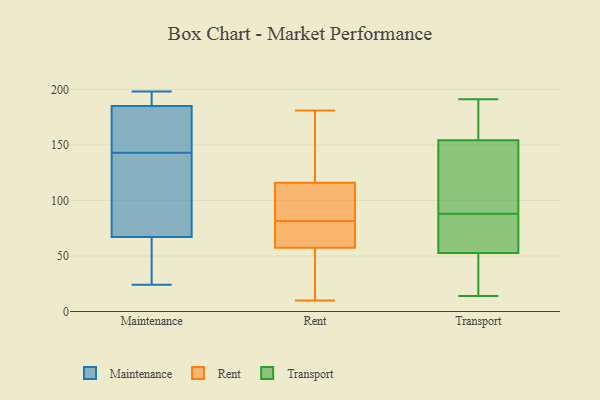
{"axis": {"x": "Shipments", "y": "Value"}, "legend": ["Maintenance", "Rent", "Transport"], "data": [{"x": "", "y": 24, "type": "Maintenance"}, {"x": "", "y": 101, "type": "Maintenance"}, {"x": "", "y": 180, "type": "Maintenance"}, {"x": "", "y": 46, "type": "Maintenance"}, {"x": "", "y": 144, "type": "Maintenance"}, {"x": "", "y": 171, "type": "Maintenance"}, {"x": "", "y": 181, "type": "Maintenance"}, {"x": "", "y": 67, "type": "Maintenance"}, {"x": "", "y": 142, "type": "Maintenance"}, {"x": "", "y": 194, "type": "Maintenance"}, {"x": "", "y": 77, "type": "Maintenance"}, {"x": "", "y": 194, "type": "Maintenance"}, {"x": "", "y": 185, "type": "Maintenance"}, {"x": "", "y": 198, "type": "Maintenance"}, {"x": "", "y": 35, "type": "Maintenance"}, {"x": "", "y": 33, "type": "Maintenance"}, {"x": "", "y": 99, "type": "Maintenance"}, {"x": "", "y": 194, "type": "Maintenance"}, {"x": "", "y": 56, "type": "Rent"}, {"x": "", "y": 55, "type": "Rent"}, {"x": "", "y": 88, "type": "Rent"}, {"x": "", "y": 82, "type": "Rent"}, {"x": "", "y": 10, "type": "Rent"}, {"x": "", "y": 129, "type": "Rent"}, {"x": "", "y": 171, "type": "Rent"}, {"x": "", "y": 181, "type": "Rent"}, {"x": "", "y": 103, "type": "Rent"}, {"x": "", "y": 147, "type": "Rent"}, {"x": "", "y": 49, "type": "Rent"}, {"x": "", "y": 100, "type": "Rent"}, {"x": "", "y": 59, "type": "Rent"}, {"x": "", "y": 67, "type": "Rent"}, {"x": "", "y": 156, "type": "Rent"}, {"x": "", "y": 38, "type": "Rent"}, {"x": "", "y": 59, "type": "Rent"}, {"x": "", "y": 70, "type": "Rent"}, {"x": "", "y": 81, "type": "Rent"}, {"x": "", "y": 90, "type": "Rent"}, {"x": "", "y": 65, "type": "Transport"}, {"x": "", "y": 49, "type": "Transport"}, {"x": "", "y": 163, "type": "Transport"}, {"x": "", "y": 14, "type": "Transport"}, {"x": "", "y": 58, "type": "Transport"}, {"x": "", "y": 158, "type": "Transport"}, {"x": "", "y": 143, "type": "Transport"}, {"x": "", "y": 21, "type": "Transport"}, {"x": "", "y": 189, "type": "Transport"}, {"x": "", "y": 190, "type": "Transport"}, {"x": "", "y": 88, "type": "Transport"}, {"x": "", "y": 59, "type": "Transport"}, {"x": "", "y": 89, "type": "Transport"}, {"x": "", "y": 51, "type": "Transport"}, {"x": "", "y": 102, "type": "Transport"}, {"x": "", "y": 84, "type": "Transport"}, {"x": "", "y": 130, "type": "Transport"}, {"x": "", "y": 44, "type": "Transport"}, {"x": "", "y": 191, "type": "Transport"}]}